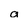
Character: a